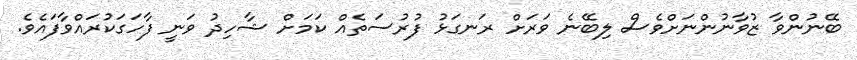
ބޭނުންވާ ޒުވާނުންނަށްވެސް ލިބޭނެ ވަރަށް ރަނގަޅު ފުރުސަތެއް ކަމަށް ޝާހިދު ވަނީ ފާހަގަކުރައްވާފައެވެ.